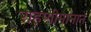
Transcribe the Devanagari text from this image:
राहणीमानाने